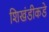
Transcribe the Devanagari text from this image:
शिखंडीकडे